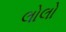
લોલો